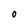
Character: O